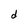
Character: d